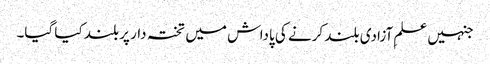
جنہیں علمِ آزادی بلند کرنے کی پاداش میں تختہ دار پر بلند کیا گیا۔